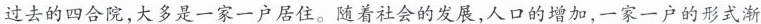
过去的四合院，大多是一家一户居住。随着社会的发展，人口的增加，一家一户的形式渐